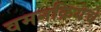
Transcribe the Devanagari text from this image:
वमनक्रियेचे